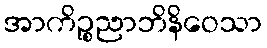
အာကိဉ္စညာဘိနိဝေသာ